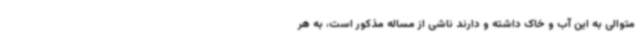
متوالی به این آب و خاک داشته و دارند ناشی از مساله مذکور است، به هر